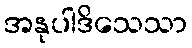
အနုပါဒိသေသာ